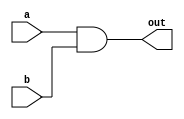
module and1_2(input a, b, output reg out);
    always @(*) begin
        out = a & b;
        end
endmodule